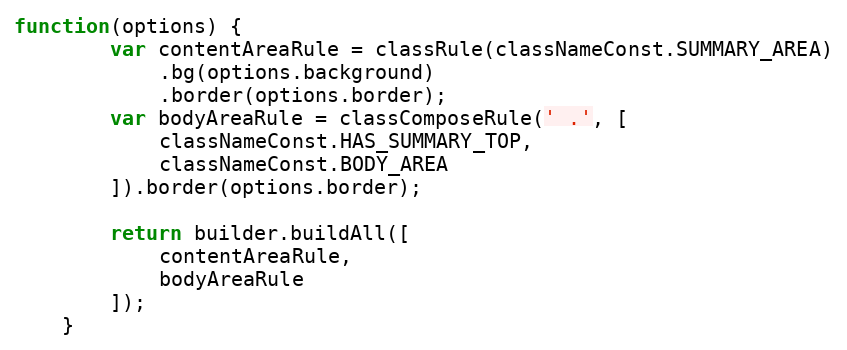
Language: JavaScript
function(options) {
        var contentAreaRule = classRule(classNameConst.SUMMARY_AREA)
            .bg(options.background)
            .border(options.border);
        var bodyAreaRule = classComposeRule(' .', [
            classNameConst.HAS_SUMMARY_TOP,
            classNameConst.BODY_AREA
        ]).border(options.border);

        return builder.buildAll([
            contentAreaRule,
            bodyAreaRule
        ]);
    }